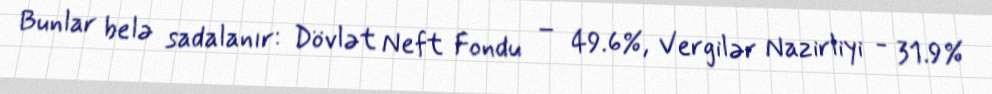
Bunlar belə sadalanır: Dövlət Neft Fondu – 49.6%, Vergilər Nazirliyi - 31.9%